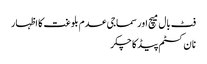
فٹ بال میچ اور سماجی عدم بلوغت کا اظہار
نا ن کسٹم پیڈ کا چکر